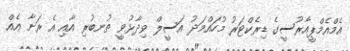
އެމްއެމްޕީއާރުސީގެ ޑިރެކްޓަރު މުހައްމަދު އަސީލް ވިދާޅުވީ ތުނބުރި އާއި އެ ރަށާ އެއް